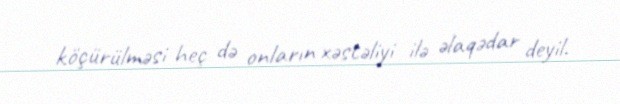
köçürülməsi heç də onların xəstəliyi ilə əlaqədar deyil.